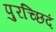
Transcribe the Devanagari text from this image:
पुरच्छिदं